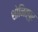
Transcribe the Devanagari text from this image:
शोनित्पुर